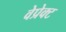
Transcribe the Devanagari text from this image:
वेप्रेक्ट